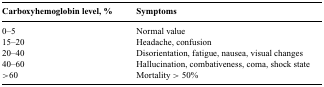
| Carboxyhemoglobin level, % | Symptoms |
 | --- | --- |
 | 0–5 | Normal value |
 | 15–20 | Headache, confusion |
 | 20–40 | Disorientation, fatigue, nausea, visual changes |
 | 40–60 | Hallucination, combativeness, coma, shock state |
 | >60 | Mortality > 50% |